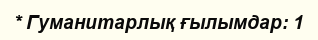
* Гуманитарлық ғылымдар: 1